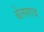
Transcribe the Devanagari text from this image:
बेलगाव